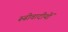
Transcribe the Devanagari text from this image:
रूढीवादीयों